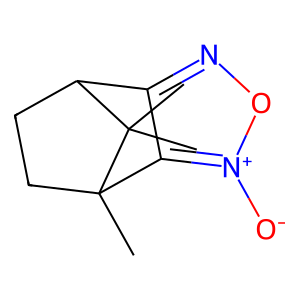
SMILES: CC12CCC(c3no[n+]([O-])c31)C2(C)C
Inhibits HIV replication: No